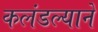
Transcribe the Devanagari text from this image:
कलंडल्याने